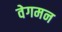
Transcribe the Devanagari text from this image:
वेगमन